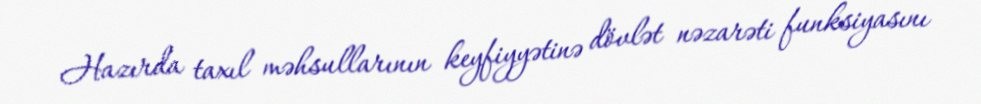
Hazırda taxıl məhsullarının keyfiyyətinə dövlət nəzarəti funksiyasını